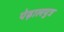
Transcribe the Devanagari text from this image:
पेढ़ालपुत्र